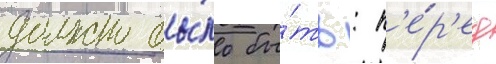
должно бы́ло бы́ть: п'е́р'ед